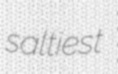
saltiest